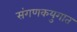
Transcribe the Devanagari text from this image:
संगणकयुगात